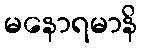
မနောရမာနိ